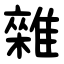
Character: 雜